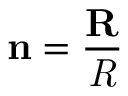
\mathbf { n } = \frac { \mathbf { R } } { \mathit { R } }